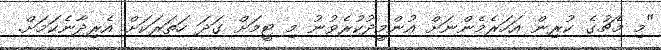
"މި މެޗުގެ ކުރިން އަހަރެމެންނަށް އުންމީދުކުރެވުނު މި ޓީމަށް ގަދަ ހަތަރަކަށް އެރިދާނެކަމަށް.